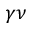
\gamma \nu